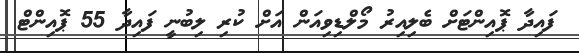
ފައިދާ ޕޮއިންޓަށް ބެލިއިރު މޯލްޑިވިއަން އަށް ކުރި ލިބުނީ ފައިދާ 55 ޕޮއިންޓް